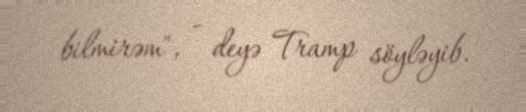
bilmirəm", - deyə Tramp söyləyib.